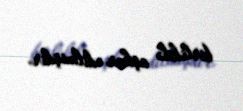
birlikdə aşkar edilmişdir.